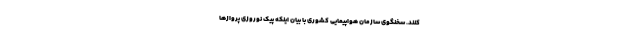
کنند. سخنگوی سازمان هواپیمایی کشوری با بیان اینکه پیک نوروزی پروازها